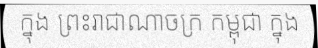
ក្នុង ព្រះរាជាណាចក្រ កម្ពុជា ក្នុង